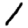
Digit: 1